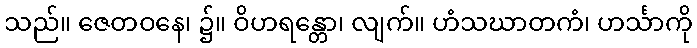
သည်။ ဇေတဝနေ၊ ၌။ ဝိဟရန္တော၊ လျက်။ ဟံသဃာတကံ၊ ဟင်္သာကို